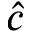
\hat { c }